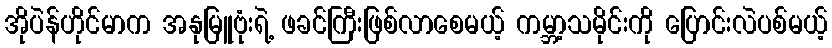
အိုပဲန်ဟိုင်မာက အနုမြူဗုံးရဲ့ ဖခင်ကြီးဖြစ်လာစေမယ့် ကမ္ဘာ့သမိုင်းကို ပြောင်းလဲပစ်မယ့်